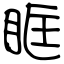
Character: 眶